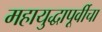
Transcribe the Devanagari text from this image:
महायुद्धापूर्वीचा